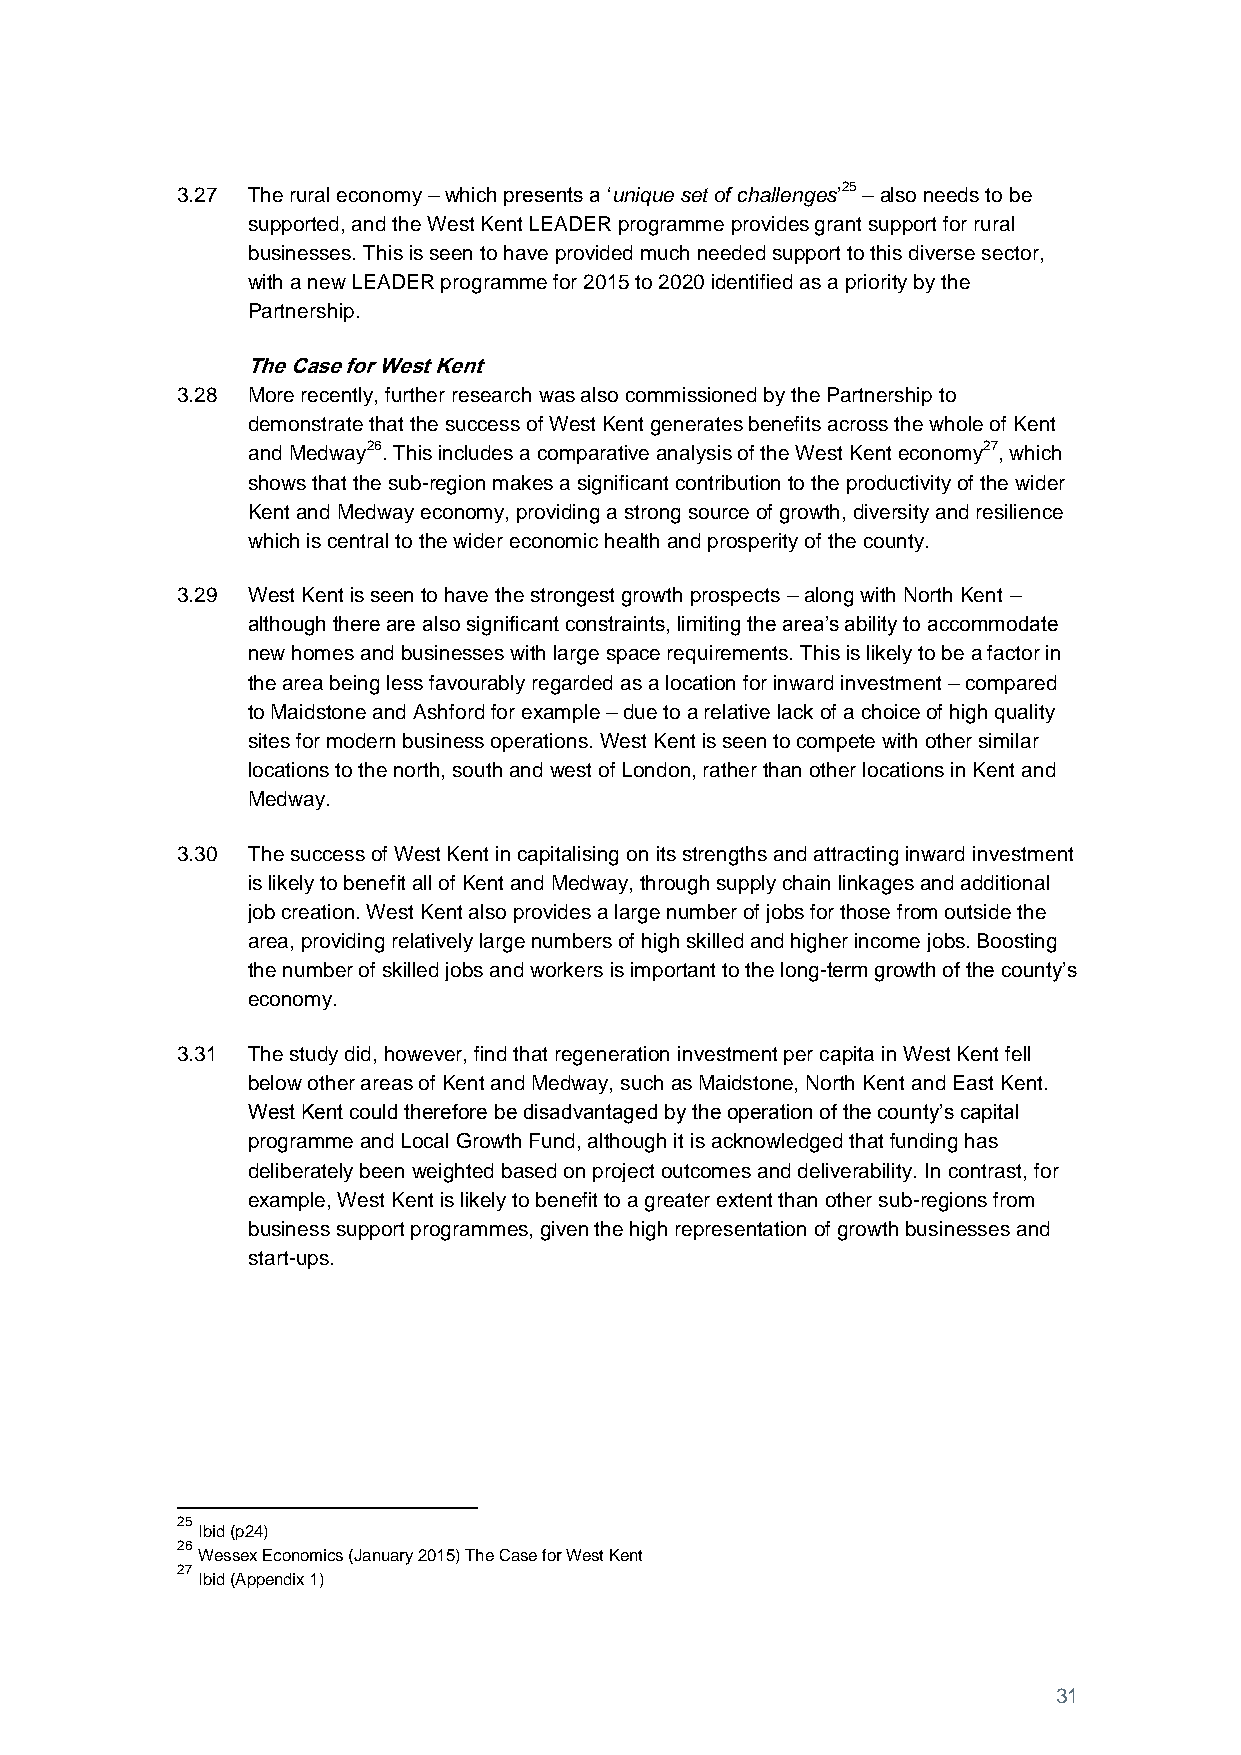
3.27 The rural economy – which presents a ‘unique set of challenges’25 – also needs to be
 supported, and the West Kent LEADER programme provides grant support for rural
 businesses. This is seen to have provided much needed support to this diverse sector,
 with a new LEADER programme for 2015 to 2020 identified as a priority by the
 Partnership.
 The Case for West Kent
 3.28 More recently, further research was also commissioned by the Partnership to
 demonstrate that the success of West Kent generates benefits across the whole of Kent
 and Medway26. This includes a comparative analysis of the West Kent economy27, which
 shows that the sub-region makes a significant contribution to the productivity of the wider
 Kent and Medway economy, providing a strong source of growth, diversity and resilience
 which is central to the wider economic health and prosperity of the county.
 3.29 West Kent is seen to have the strongest growth prospects – along with North Kent –
 although there are also significant constraints, limiting the area’s ability to accommodate
 new homes and businesses with large space requirements. This is likely to be a factor in
 the area being less favourably regarded as a location for inward investment – compared
 to Maidstone and Ashford for example – due to a relative lack of a choice of high quality
 sites for modern business operations. West Kent is seen to compete with other similar
 locations to the north, south and west of London, rather than other locations in Kent and
 Medway.
 3.30 The success of West Kent in capitalising on its strengths and attracting inward investment
 is likely to benefit all of Kent and Medway, through supply chain linkages and additional
 job creation. West Kent also provides a large number of jobs for those from outside the
 area, providing relatively large numbers of high skilled and higher income jobs. Boosting
 the number of skilled jobs and workers is important to the long-term growth of the county’s
 economy.
 3.31 The study did, however, find that regeneration investment per capita in West Kent fell
 below other areas of Kent and Medway, such as Maidstone, North Kent and East Kent.
 West Kent could therefore be disadvantaged by the operation of the county’s capital
 programme and Local Growth Fund, although it is acknowledged that funding has
 deliberately been weighted based on project outcomes and deliverability. In contrast, for
 example, West Kent is likely to benefit to a greater extent than other sub-regions from
 business support programmes, given the high representation of growth businesses and
 start-ups.
 25
 Ibid (p24)
 26
 Wessex Economics (January 2015) The Case for West Kent
 27
 Ibid (Appendix 1)
 31